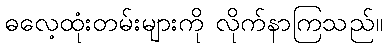
ဓလေ့ထုံးတမ်းများကို လိုက်နာကြသည်။